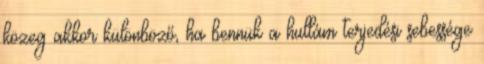
közeg akkor különböző, ha bennük a hullám terjedési sebessége